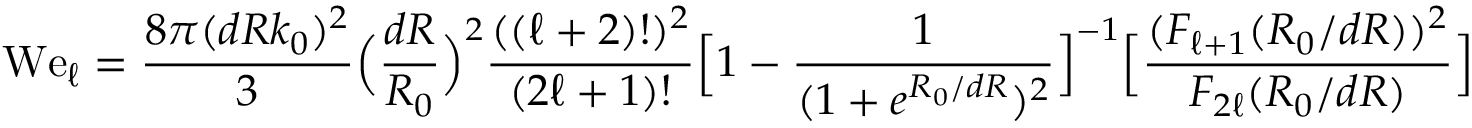
\mathrm { W e } _ { \ell } = \frac { 8 \pi ( d R k _ { 0 } ) ^ { 2 } } { 3 } \Big ( \frac { d R } { R _ { 0 } } \Big ) ^ { 2 } \frac { ( ( \ell + 2 ) ! ) ^ { 2 } } { ( 2 \ell + 1 ) ! } \Big [ 1 - \frac { 1 } { ( 1 + e ^ { R _ { 0 } / d R } ) ^ { 2 } } \Big ] ^ { - 1 } \Big [ \frac { ( F _ { \ell + 1 } ( R _ { 0 } / d R ) ) ^ { 2 } } { F _ { 2 \ell } ( R _ { 0 } / d R ) } \Big ]